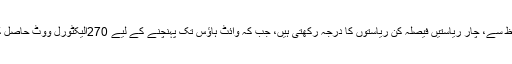
اہمیت کے لحاظ سے، چار ریاستیں فیصلہ کُن ریاستوں کا درجہ رکھتی ہیں، جب کہ وائٹ ہاؤس تک پہنچنے کے لیے 270الیکٹورل ووٹ حاصل کرنا لازم ہے۔